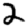
Digit: 2